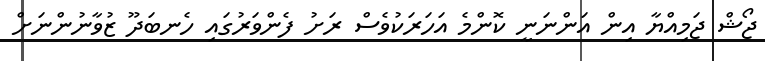
ޖޯޝް ޖަމިއްޔާ އިން އަންނަނީ ކޮންމެ އަހަރަކުވެސް ރަށު ފެންވަރުގައި ހެނބަދޫ ޒުވާނުންނަށް